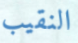
النقيب